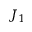
J _ { 1 }